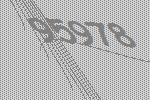
95978